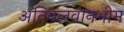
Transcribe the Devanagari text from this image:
अतिबलवानभीम